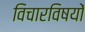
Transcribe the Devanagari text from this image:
विचारविषयों